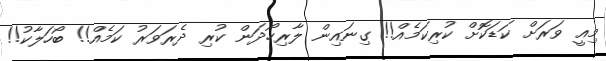
މިއީ ވަރަށް ކަޑަކޮށް ކުރިކަމެއް!! ގިނައިން ލާރިހޯދަން ކުރި ދެރަވަރު ކަމެއް!! ބޯހަލާކު!!